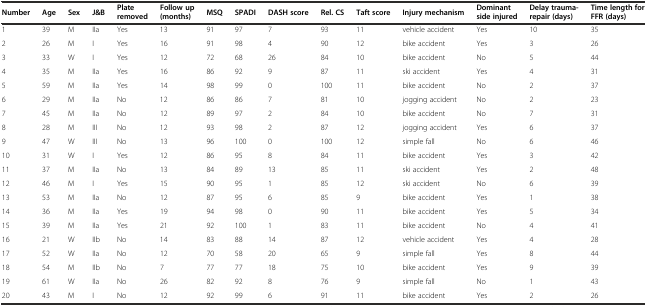
<table><thead><tr><td><b>Number</b></td><td><b>Age</b></td><td><b>Sex</b></td><td><b>J&amp;B</b></td><td><b>Plate removed</b></td><td><b>Follow up (months)</b></td><td><b>MSQ</b></td><td><b>SPADI</b></td><td><b>DASH score</b></td><td><b>Rel. CS</b></td><td><b>Taft score</b></td><td><b>Injury mechanism</b></td><td><b>Dominant side injured</b></td><td><b>Delay trauma-repair (days)</b></td><td><b>Time length for FFR (days)</b></td></tr></thead><tbody><tr><td>1</td><td>39</td><td>M</td><td>IIa</td><td>Yes</td><td>13</td><td>91</td><td>97</td><td>7</td><td>93</td><td>11</td><td>vehicle accident</td><td>Yes</td><td>10</td><td>35</td></tr><tr><td>2</td><td>26</td><td>M</td><td>I</td><td>Yes</td><td>16</td><td>91</td><td>98</td><td>4</td><td>90</td><td>12</td><td>bike accident</td><td>Yes</td><td>3</td><td>26</td></tr><tr><td>3</td><td>33</td><td>W</td><td>I</td><td>Yes</td><td>12</td><td>72</td><td>68</td><td>26</td><td>84</td><td>10</td><td>bike accident</td><td>No</td><td>5</td><td>44</td></tr><tr><td>4</td><td>35</td><td>M</td><td>IIa</td><td>Yes</td><td>16</td><td>86</td><td>92</td><td>9</td><td>87</td><td>11</td><td>ski accident</td><td>Yes</td><td>4</td><td>31</td></tr><tr><td>5</td><td>59</td><td>M</td><td>IIa</td><td>Yes</td><td>14</td><td>98</td><td>99</td><td>0</td><td>100</td><td>11</td><td>bike accident</td><td>No</td><td>2</td><td>37</td></tr><tr><td>6</td><td>29</td><td>M</td><td>IIa</td><td>No</td><td>12</td><td>86</td><td>86</td><td>7</td><td>81</td><td>10</td><td>jogging accident</td><td>No</td><td>2</td><td>23</td></tr><tr><td>7</td><td>45</td><td>M</td><td>IIa</td><td>No</td><td>12</td><td>89</td><td>97</td><td>2</td><td>84</td><td>10</td><td>bike accident</td><td>No</td><td>7</td><td>31</td></tr><tr><td>8</td><td>28</td><td>M</td><td>III</td><td>No</td><td>12</td><td>93</td><td>98</td><td>2</td><td>87</td><td>12</td><td>jogging accident</td><td>Yes</td><td>6</td><td>37</td></tr><tr><td>9</td><td>47</td><td>W</td><td>III</td><td>No</td><td>13</td><td>96</td><td>100</td><td>0</td><td>100</td><td>12</td><td>simple fall</td><td>No</td><td>6</td><td>46</td></tr><tr><td>10</td><td>31</td><td>W</td><td>I</td><td>Yes</td><td>12</td><td>86</td><td>95</td><td>8</td><td>84</td><td>11</td><td>bike accident</td><td>Yes</td><td>3</td><td>42</td></tr><tr><td>11</td><td>37</td><td>M</td><td>IIa</td><td>No</td><td>13</td><td>84</td><td>89</td><td>13</td><td>85</td><td>11</td><td>ski accident</td><td>Yes</td><td>2</td><td>48</td></tr><tr><td>12</td><td>46</td><td>M</td><td>I</td><td>Yes</td><td>15</td><td>90</td><td>95</td><td>1</td><td>85</td><td>12</td><td>ski accident</td><td>No</td><td>6</td><td>39</td></tr><tr><td>13</td><td>53</td><td>M</td><td>IIa</td><td>No</td><td>12</td><td>87</td><td>95</td><td>6</td><td>85</td><td>9</td><td>bike accident</td><td>Yes</td><td>1</td><td>38</td></tr><tr><td>14</td><td>36</td><td>M</td><td>IIa</td><td>Yes</td><td>19</td><td>94</td><td>98</td><td>0</td><td>90</td><td>11</td><td>bike accident</td><td>Yes</td><td>5</td><td>34</td></tr><tr><td>15</td><td>39</td><td>M</td><td>IIa</td><td>Yes</td><td>21</td><td>92</td><td>100</td><td>1</td><td>83</td><td>11</td><td>bike accident</td><td>No</td><td>4</td><td>41</td></tr><tr><td>16</td><td>21</td><td>W</td><td>IIb</td><td>No</td><td>14</td><td>83</td><td>88</td><td>14</td><td>87</td><td>12</td><td>vehicle accident</td><td>Yes</td><td>4</td><td>28</td></tr><tr><td>17</td><td>52</td><td>W</td><td>IIa</td><td>No</td><td>12</td><td>70</td><td>58</td><td>20</td><td>65</td><td>9</td><td>simple fall</td><td>Yes</td><td>8</td><td>44</td></tr><tr><td>18</td><td>54</td><td>M</td><td>IIb</td><td>No</td><td>7</td><td>77</td><td>77</td><td>18</td><td>75</td><td>10</td><td>bike accident</td><td>Yes</td><td>9</td><td>39</td></tr><tr><td>19</td><td>61</td><td>W</td><td>IIa</td><td>No</td><td>26</td><td>82</td><td>92</td><td>8</td><td>76</td><td>9</td><td>simple fall</td><td>No</td><td>1</td><td>43</td></tr><tr><td>20</td><td>43</td><td>M</td><td>I</td><td>No</td><td>12</td><td>92</td><td>99</td><td>6</td><td>91</td><td>11</td><td>bike accident</td><td>Yes</td><td>2</td><td>26</td></tr></tbody></table>